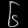
Digit: ၆